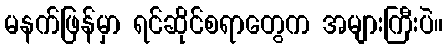
မနက်ဖြန်မှာ ရင်ဆိုင်စရာတွေက အများကြီးပဲ။